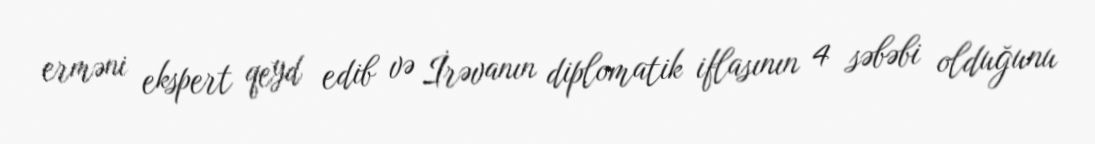
erməni ekspert qeyd edib və İrəvanın diplomatik iflasının 4 səbəbi olduğunu